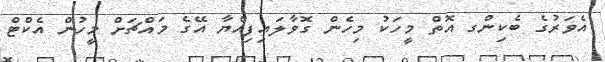
އެވަރުގެ ބެކިންގ އޮތް މީހަކު މިހެން ގޮވާލައިފިއްޔާ އޭގެ މައްޗަށް މީހުން އެކްޓް